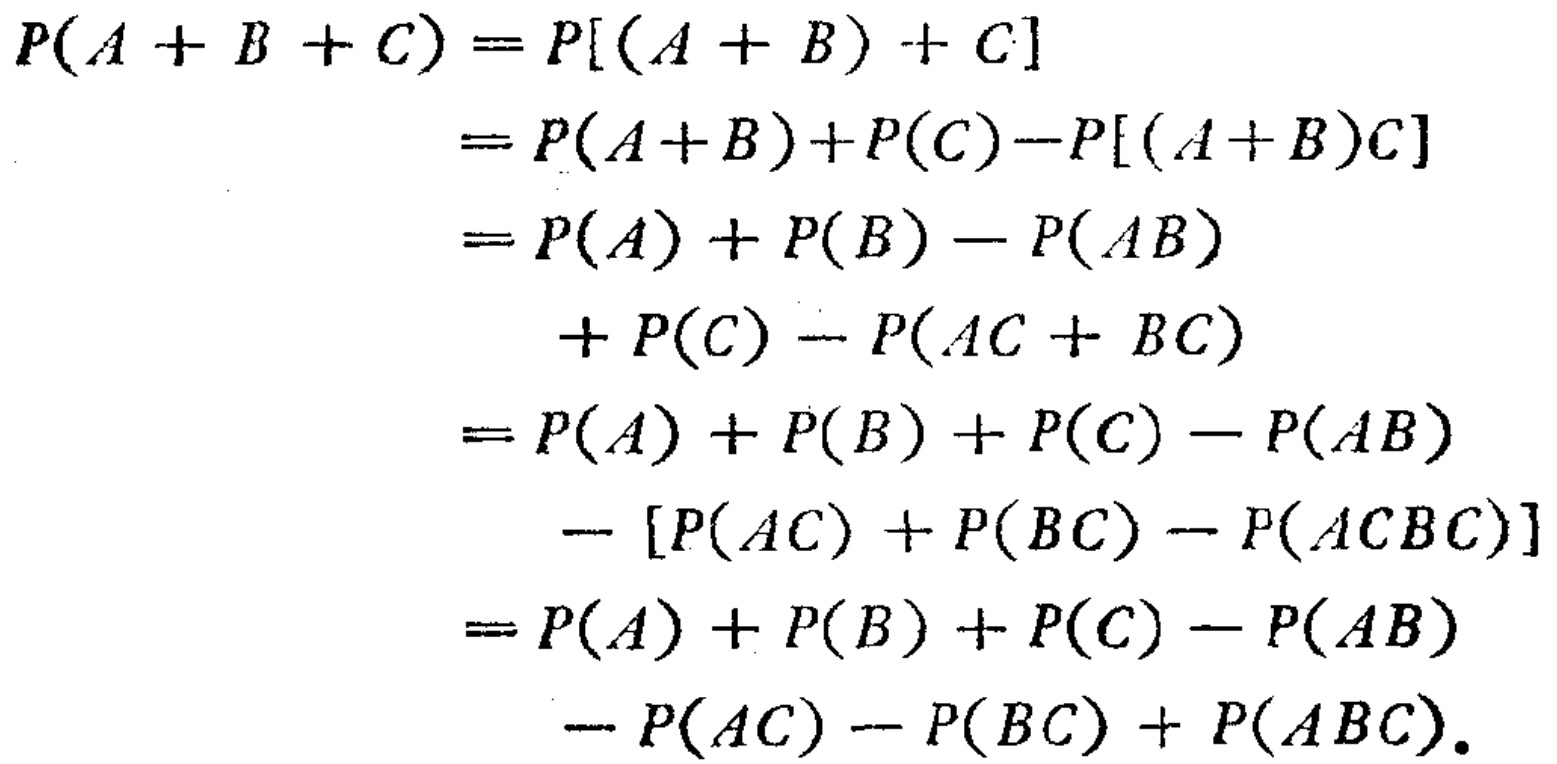
\[

\begin{align*}

P(A + B + C)&=P[(A + B)+C]\\

&=P(A + B)+P(C)-P[(A + B)C]\\

&=P(A)+P(B)-P(AB)\\

&\quad+P(C)-P(AC + BC)\\

&=P(A)+P(B)+P(C)-P(AB)\\

&\quad-[P(AC)+P(BC)-P(ACBC)]\\

&=P(A)+P(B)+P(C)-P(AB)\\

&\quad-P(AC)-P(BC)+P(ABC).

\end{align*}

\]